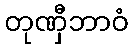
တုဏှီဘာဝံ